Indian journal of veterinary science and animal husbandry - Volume 2,
Year: 1932
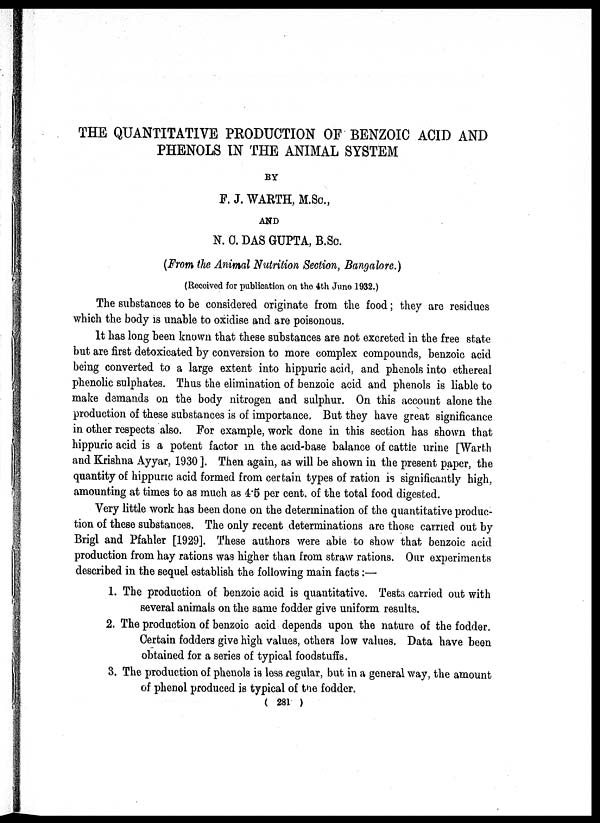
THE QUANTITATIVE PRODUCTION OF BENZOIC ACID AND
PHENOLS IN THE ANIMAL SYSTEM
BY
F. J. WARTH, M.Sc,
AND
N. C. DAS GUPTA, B.Sc.
(From the Animal Nutrition Section, Bangalore.)
(Received for publication on the 4th June 1932.)
The substances to be considered originate from the food; they are residues
which the body is unable to oxidise and are poisonous.
It has long been known that these substances are not excreted in the free state
but are first detoxicated by conversion to more complex compounds, benzoic acid
being converted to a large extent into hippuric acid, and phenols into ethereal
phenolic sulphates. Thus the elimination of benzoic acid and phenols is liable to
make demands on the body nitrogen and sulphur. On this account alone the
production of these substances is of importance. But they have great significance
in other respects also. For example, work done in this section has shown that
hippuric acid is a potent factor in the acid-base balance of cattle urine [ Warth
and Krishna Ayyar, 1930 ]. Then again, as will be shown in the present paper, the
quantity of hippuric acid formed from certain types of ration is significantly high,
amounting at times to as much as 4.5 per cent. of the total food digested.
Very little work has been done on the determination of the quantitative produc-
tion of these substances. The only recent determinations are those carried out by
Brigl and Pfahler [1929]. These authors were able to show that benzoic acid
production from hay rations was higher than from straw rations. Our experiments
described in the sequel establish the following main facts:—
1. The production of benzoic acid is quantitative. Tests carried out with
several animals on the same fodder give uniform results.
2. The production of benzoic acid depends upon the nature of the fodder.
Certain fodders give high values, others low values. Data have been
obtained for a series of typical foodstuffs.
3. The. production of phenols is loss regular, but in a general way, the amount
of phenol produced is typical of the fodder.
( 281 )